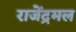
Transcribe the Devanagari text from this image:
राजेंद्रमल